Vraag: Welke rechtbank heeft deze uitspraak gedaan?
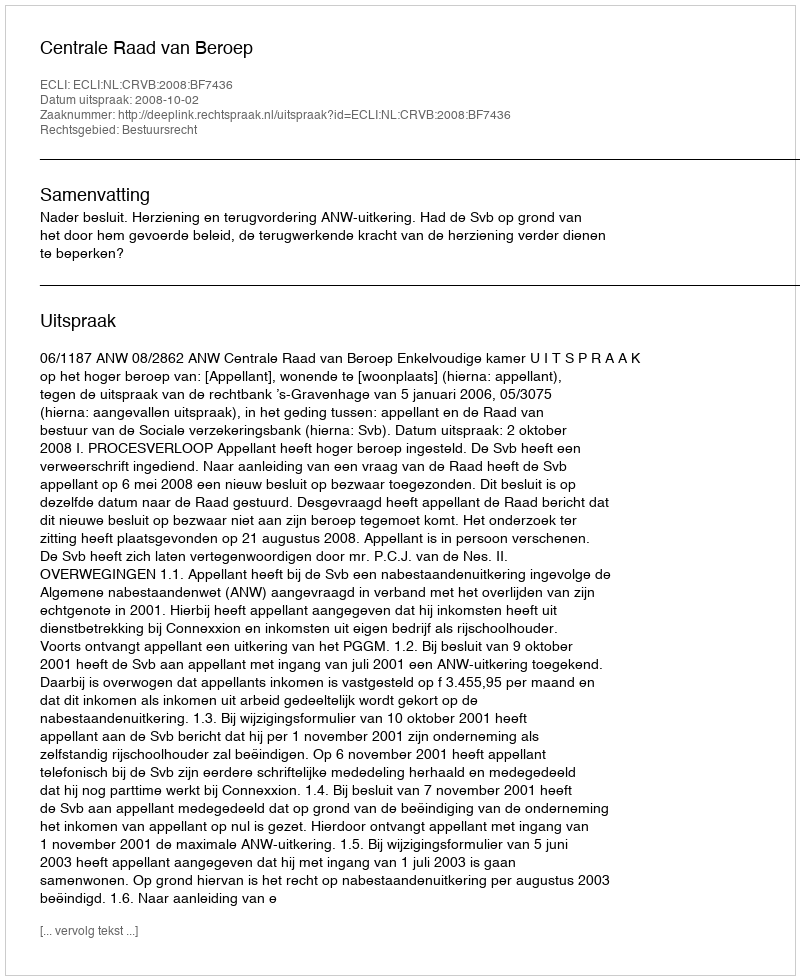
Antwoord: Centrale Raad van Beroep